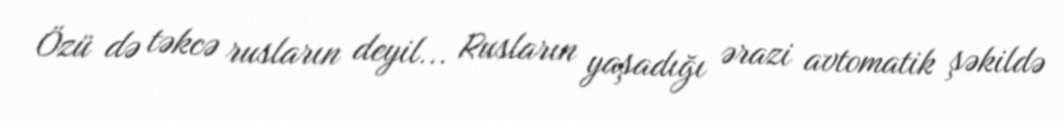
Özü də təkcə rusların deyil... Rusların yaşadığı ərazi avtomatik şəkildə